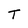
Character: T